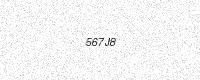
Text: 567J8